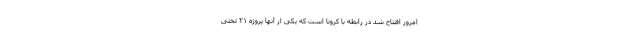
امروز افتتاح شد در رابطه با کرونا است که یکی از آنها پروژه ۲۱ تختی